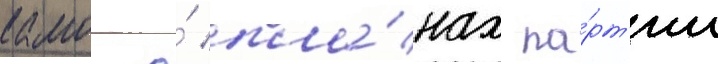
камо о́ пла́нах па́рт'ии